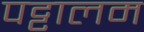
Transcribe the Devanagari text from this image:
पट्टालम